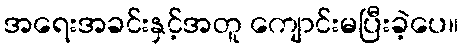
အရေးအခင်းနှင့်အတူ ကျောင်းမပြီးခဲ့ပေ။